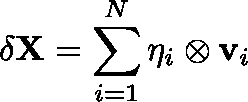
\delta { \mathbf { X } } = \sum _ { i = 1 } ^ { N } { \mathbf { \eta } } _ { i } \otimes { \mathbf { v } } _ { i }